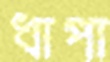
ধাপা